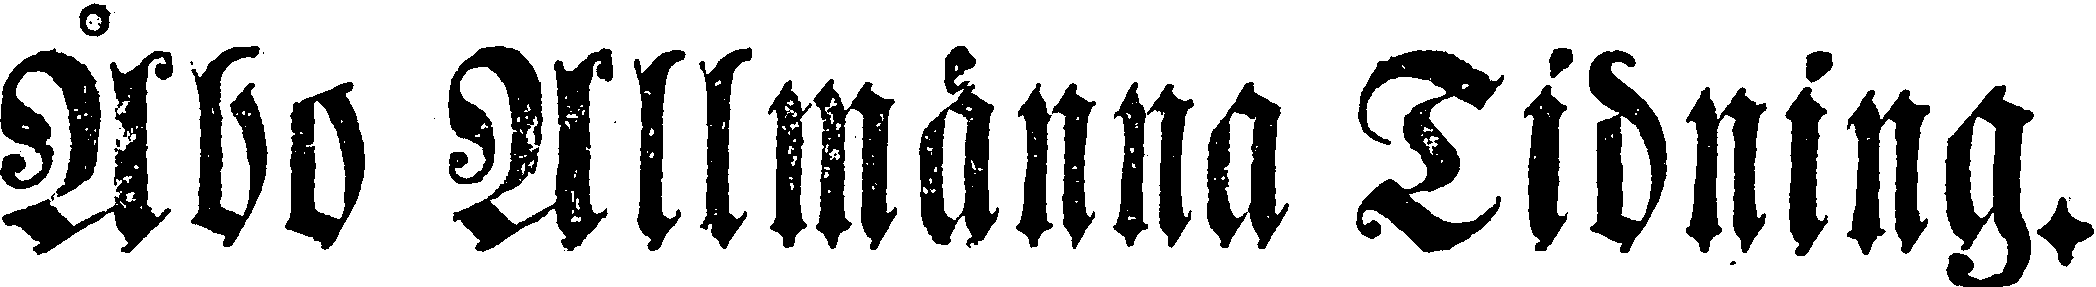
Åbo Allmänna Tidning.